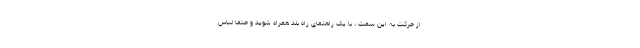
از حرکت به این سمت ، با یک راهنمای راه بلد همراه شوید و حتما لباس